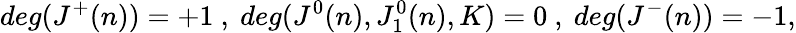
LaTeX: deg(J^{+}(n))=+1\ ,\ deg(J^{0}(n),J_{1}^{0}(n),K)=0\ ,\ deg(J^{-}(n))=-1,